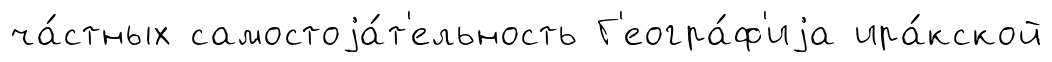
ча́стных самостоjа́т'ельность Г'еогра́ф'иjа ира́кской